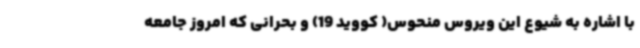
با اشاره به شیوع این ویروس منحوس( کووید 19) و بحرانی که امروز جامعه